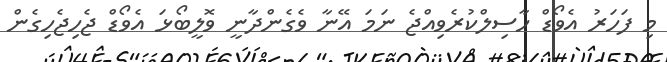
މި ފަހަރު އެވޯޑް ހާސިލްކުރެވިއްޖެ ނަމަ އޭނާ ވެގެންދާނީ ވޮލީބޯޅަ އެވޯޑް ޖެހިޖެހިގެން